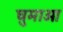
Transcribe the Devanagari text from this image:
घुमाओ